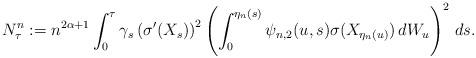
LaTeX: \begin{align*} N^n_\tau: =n^{2\alpha+1}\int^{\tau}_0 \gamma_s \left(\sigma'(X_s)\right)^2 \left( \int^{\eta_n(s)}_0\psi_{n,2}(u,s) \sigma(X_{\eta_n(u)})\, dW_u\right)^2\, ds.\end{align*}